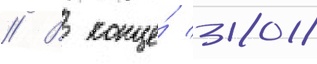
// В конце́ 2018